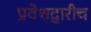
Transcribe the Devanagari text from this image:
प्रवेशद्वारीच